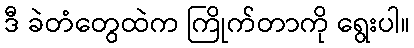
ဒီ ခဲတံတွေထဲက ကြိုက်တာကို ရွေးပါ။